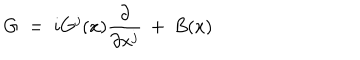
G \; = \; i G ^ { j } ( x ) \frac { \partial } { \partial x ^ { j } } \: + \: B ( x )